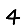
Digit: 4